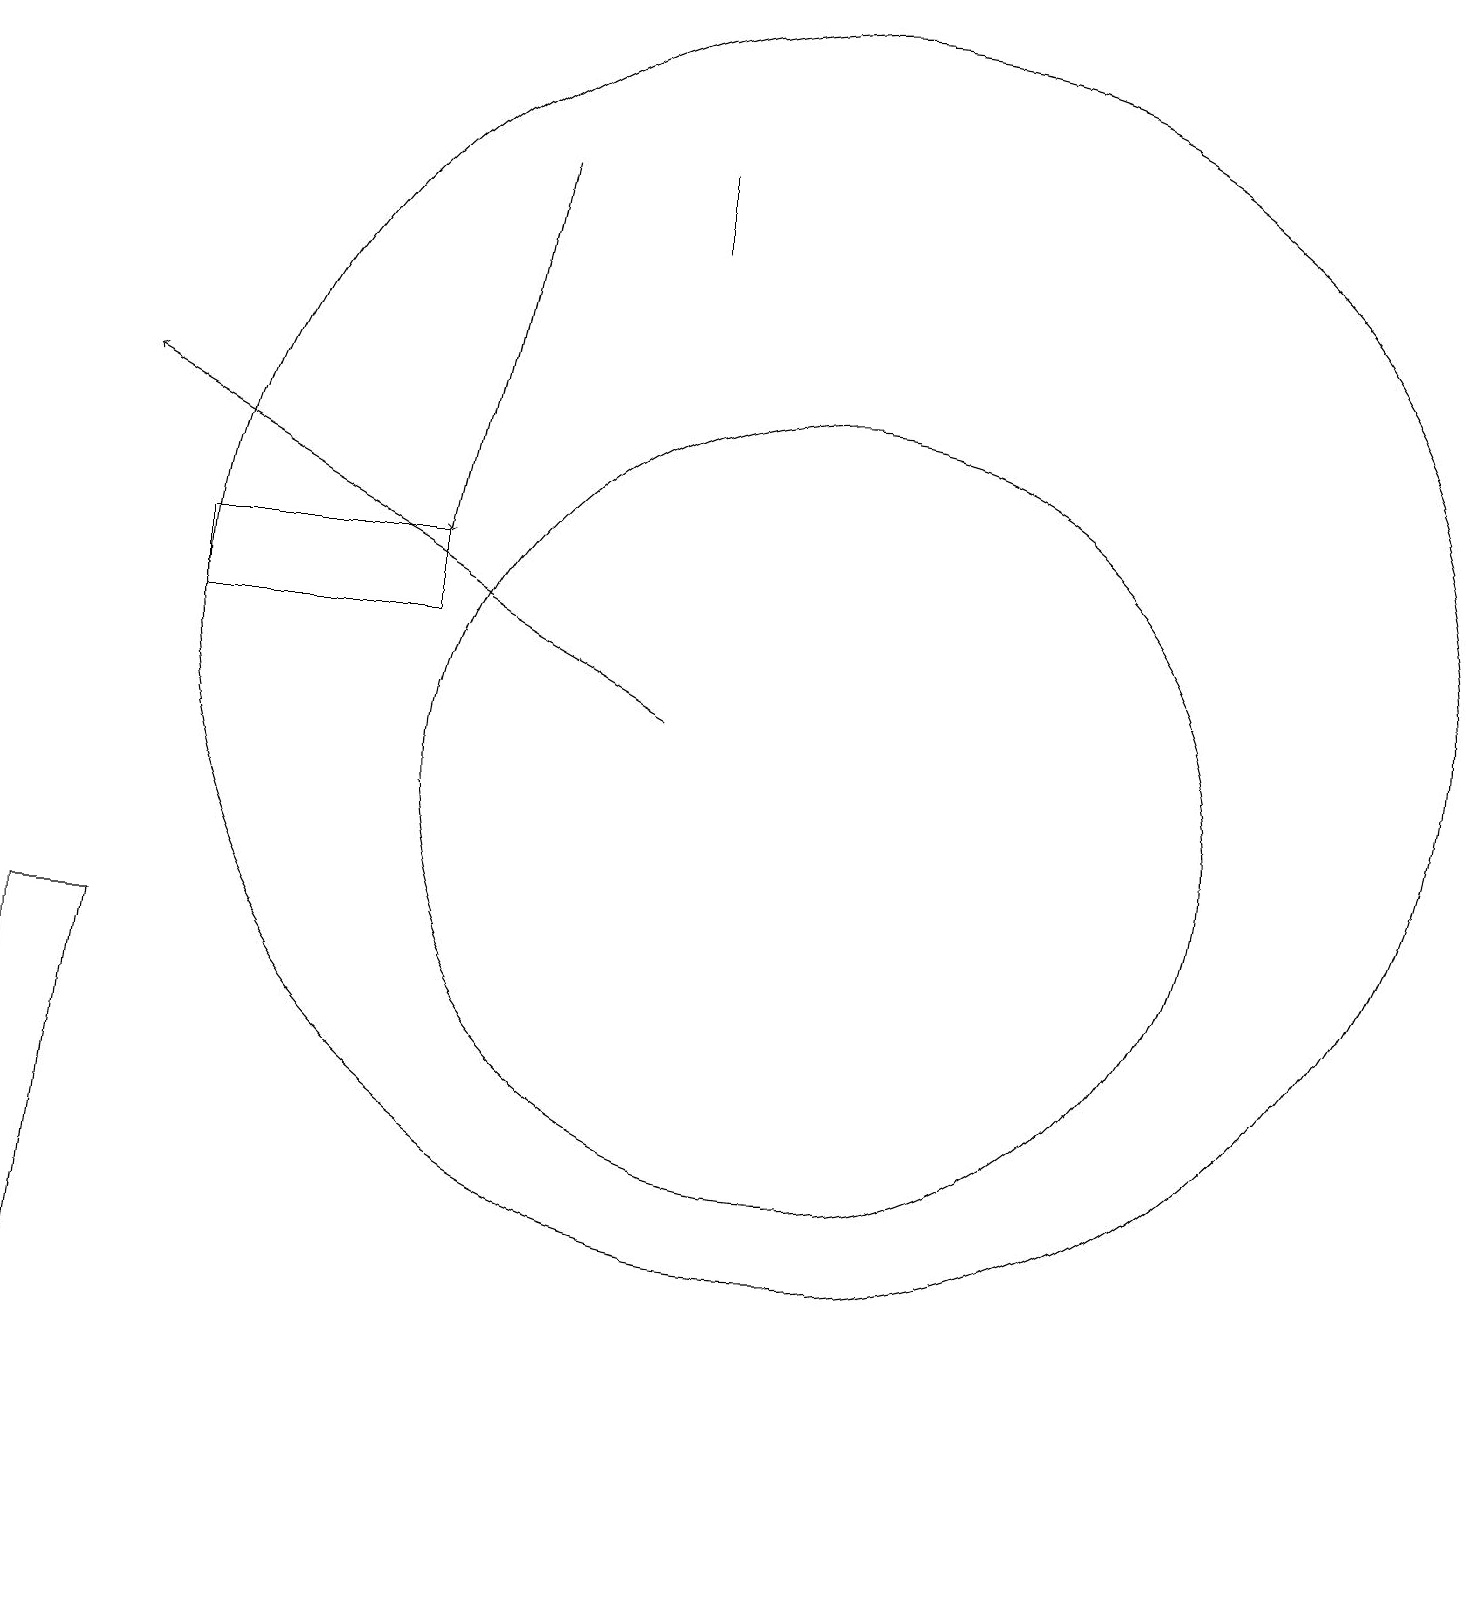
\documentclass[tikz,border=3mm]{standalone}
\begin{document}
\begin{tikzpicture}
\draw[->] (9,11) -- (2,15);
\draw (11,12) circle (8);
\draw (3,13) rectangle (6,12);
\draw (9,17) rectangle (9,18);
\draw (11,10) circle (5);
\draw[->] (7,18) -- (6,13);
\draw (1,8) -- (1,0) -- (2,8) -- cycle;
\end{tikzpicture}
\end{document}